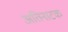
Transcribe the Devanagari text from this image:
अतिनाटक